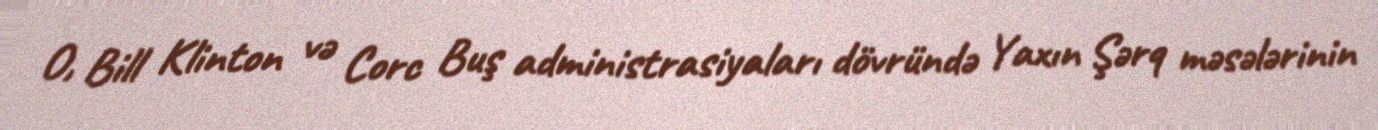
O, Bill Klinton və Corc Buş administrasiyaları dövründə Yaxın Şərq məsələrinin